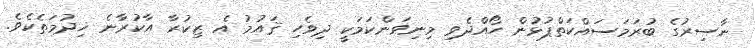
ނާސިރުގެ ބުރަމަސައްކަތްޕުޅުން ހޯއްދެވި މިނިވަންކަމަކީ ދިވެހި ޤައުމު އެ ޒިކުރާ އާކުރާނެ ޚިދުމަތެކެވެ.